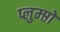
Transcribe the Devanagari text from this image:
प्लुम्प्तों